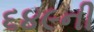
૬૪૯ની